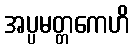
အပ္ပမတ္တကေဟိ